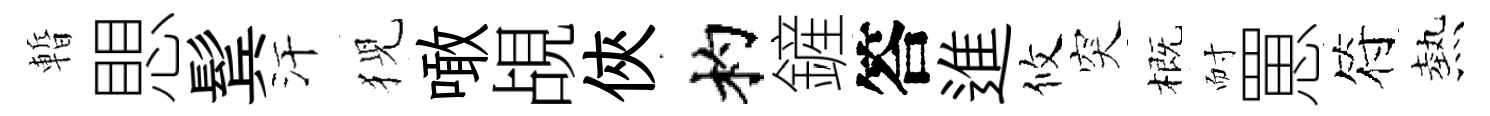
暫愳鬂汗猊噉覘俠杓鏟答進攸突概耐罳符熱